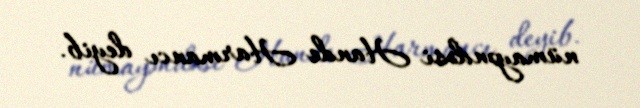
nümayəndəsi Hande Harmancı deyib.